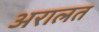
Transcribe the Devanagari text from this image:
अरालत